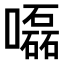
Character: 𡂳